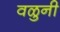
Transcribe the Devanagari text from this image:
वळुनी